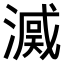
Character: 𣾒